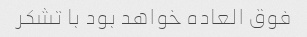
فوق العاده خواهد بود با تشکر